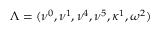
\Lambda = ( \nu ^ { 0 } , \nu ^ { 1 } , \nu ^ { 4 } , \nu ^ { 5 } , \kappa ^ { 1 } , \omega ^ { 2 } )